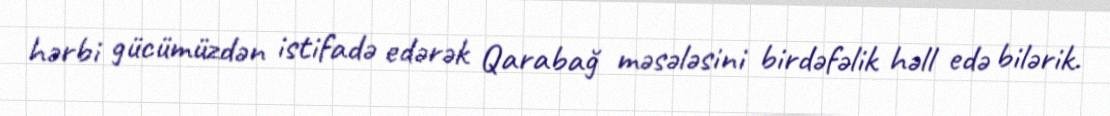
hərbi gücümüzdən istifadə edərək Qarabağ məsələsini birdəfəlik həll edə bilərik.